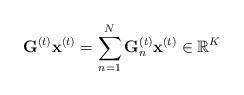
LaTeX: \begin{align*}\mathbf{G}^{(t)}\mathbf{x}^{(t)}=\sum_{n=1}^{N}\mathbf{G}_{n}^{(t)}\mathbf{x}^{(t)}\in\mathbb{R}^{K}\end{align*}